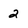
Character: 2